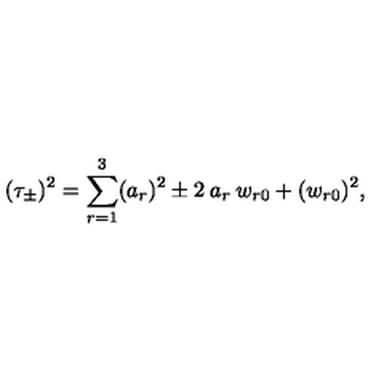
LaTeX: ( \tau _ { \pm } ) ^ { 2 } = \sum _ { r = 1 } ^ { 3 } ( a _ { r } ) ^ { 2 } \pm 2 \: a _ { r } \: w _ { r 0 } + ( w _ { r 0 } ) ^ { 2 } ,